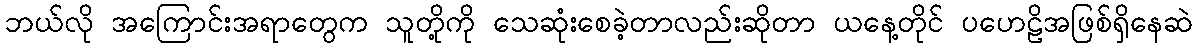
ဘယ်လို အကြောင်းအရာတွေက သူတို့ကို သေဆုံးစေခဲ့တာလည်းဆိုတာ ယနေ့တိုင် ပဟေဠိအဖြစ်ရှိနေဆဲ